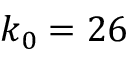
k _ { 0 } = 2 6